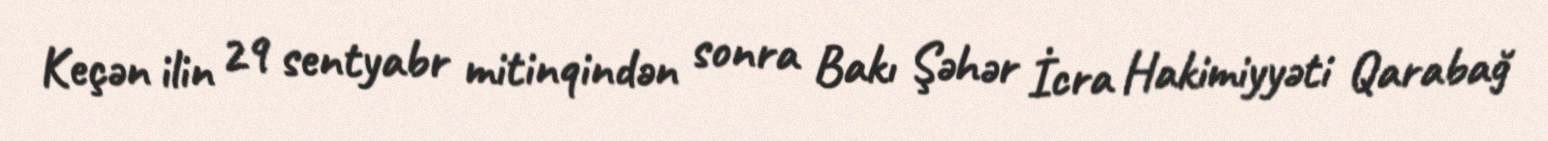
Keçən ilin 29 sentyabr mitinqindən sonra Bakı Şəhər İcra Hakimiyyəti Qarabağ